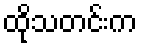
ထိုသတင်းက